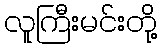
လူကြီးမင်းတို့